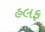
હલફ